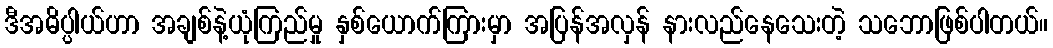
ဒီအဓိပ္ပါယ်ဟာ အချစ်နဲ့ယုံကြည်မှု နှစ်ယောက်ကြားမှာ အပြန်အလှန် နားလည်နေသေးတဲ့ သဘောဖြစ်ပါတယ်။